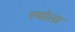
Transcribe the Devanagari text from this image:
त्यांऩा